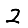
Digit: 2